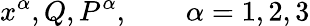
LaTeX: x^{\alpha},Q,P^{\alpha},\qquad\alpha=1,2,3